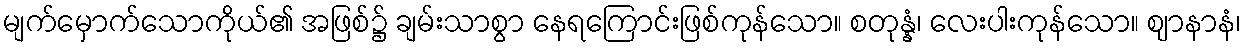
မျက်မှောက်သောကိုယ်၏ အဖြစ်၌ ချမ်းသာစွာ နေရကြောင်းဖြစ်ကုန်သော။ စတုန္နံ၊ လေးပါးကုန်သော။ ဈာနာနံ၊